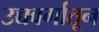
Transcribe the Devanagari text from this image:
उच्चवर्गातून